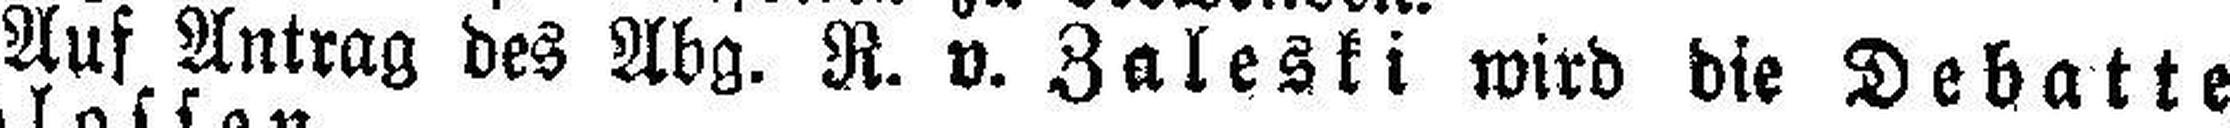
Auf Antrag des Abg. R. v. Zaleski wird die Debatte